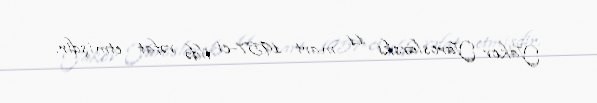
Yakov Yaroslavski 11 mart 1957-ci ildə vəfat etmişdir.